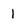
Character: 1